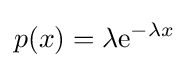
p(x)=\lambda \mathrm {e} ^{-\lambda x}